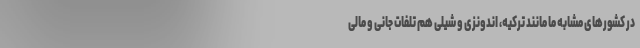
در کشورهای مشابه ما مانند ترکیه، اندونزی و شیلی هم تلفات جانی و مالی